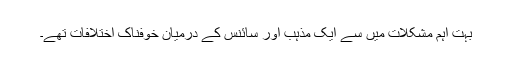
بہت اہم مشکلات میں سے ایک مذہب اور سائنس کے درمیان خوفناک اختلافات تھے۔